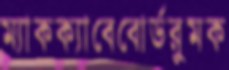
ম্যাকক্যাবেবোর্ডরুমক